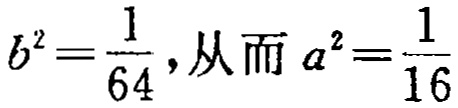
\(b^{2}=\frac{1}{64},从而\ a^{2}=\frac{1}{16}\)